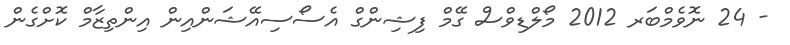
- 24 ނޮވެމްބަރ 2012 މޯލްޑިވްސް ގޭމް ފިޝިންގް އެސޯސިއޭޝަންއިން އިންތިޒާމް ކޮށްގެން